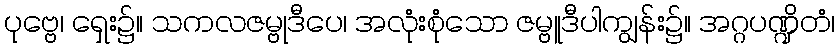
ပုဗ္ဗေ၊ ရှေး၌။ သကလဇမ္ဗုဒီပေ၊ အလုံးစုံသော ဇမ္ဗူဒီပါကျွန်း၌။ အဂ္ဂပဏ္ဍိတံ၊